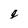
Character: q